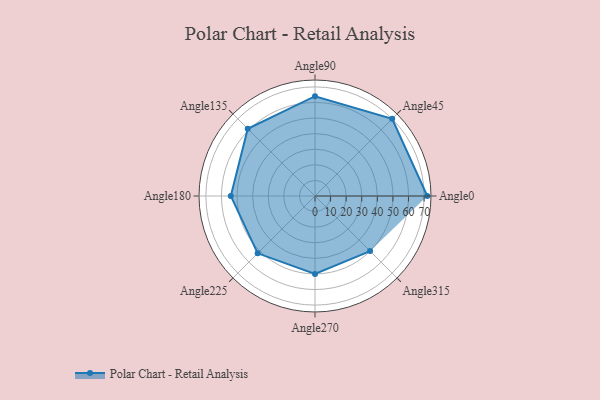
{"axis": {"x": "Angle", "y": "Radius"}, "legend": [""], "data": [{"x": "Angle0", "y": 72.0, "type": ""}, {"x": "Angle45", "y": 70.0, "type": ""}, {"x": "Angle90", "y": 64.0, "type": ""}, {"x": "Angle135", "y": 61.0, "type": ""}, {"x": "Angle180", "y": 54.0, "type": ""}, {"x": "Angle225", "y": 52.0, "type": ""}, {"x": "Angle270", "y": 50.0, "type": ""}, {"x": "Angle315", "y": 50, "type": ""}]}